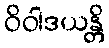
ဝိဝါဒယန္တိ